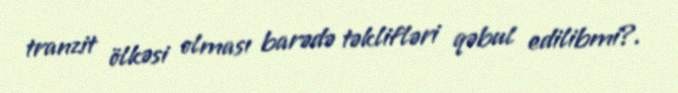
tranzit ölkəsi olması barədə təklifləri qəbul edilibmi?.